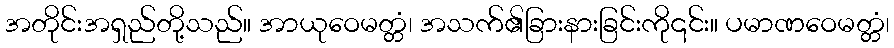
အတိုင်းအရှည်တို့သည်။ အာယုဝေမတ္တံ၊ အသက်၏ခြားနားခြင်းကို၎င်း။ ပမာဏဝေမတ္တံ၊